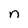
Character: n